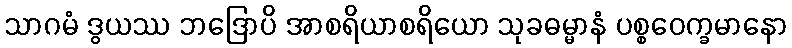
သာဂမံ ဒွယဿ ဘဒြောပိ အာစရိယာစရိယော သုခဓမ္မာနံ ပစ္စဝေက္ခမာနော